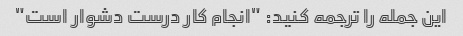
این جمله را ترجمه کنید: "انجام کار درست دشوار است"